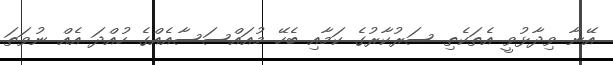
އޭނާ ވިދާޅުވީ އެތަކެތި ސަރުކާރުގެ ކަމާއި ބެހޭ މުއައްސަސާއެއްގެ ހުއްދަ އެއް ނުވަތަ